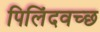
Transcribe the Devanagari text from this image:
पिलिंदवच्छ